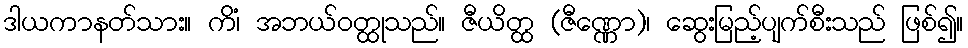
ဒါယကာနတ်သား။ ကိံ၊ အဘယ်ဝတ္ထုသည်။ ဇီယိတ္ထ (ဇီဏ္ဏော)၊ ဆွေးမြည့်ပျက်စီးသည် ဖြစ်၍။